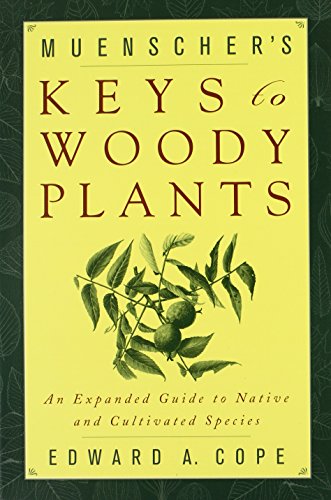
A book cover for Muenscher's Keys to Woody Plants; Edward A. Cope; Crafts, Hobbies & Home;